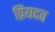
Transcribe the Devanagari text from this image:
प्रियदव